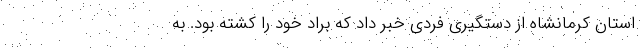
استان کرمانشاه از دستگیری فردی خبر داد که براد خود را کشته بود. به